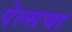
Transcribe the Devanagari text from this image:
पेल्सचा